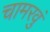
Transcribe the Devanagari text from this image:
चामरवुं